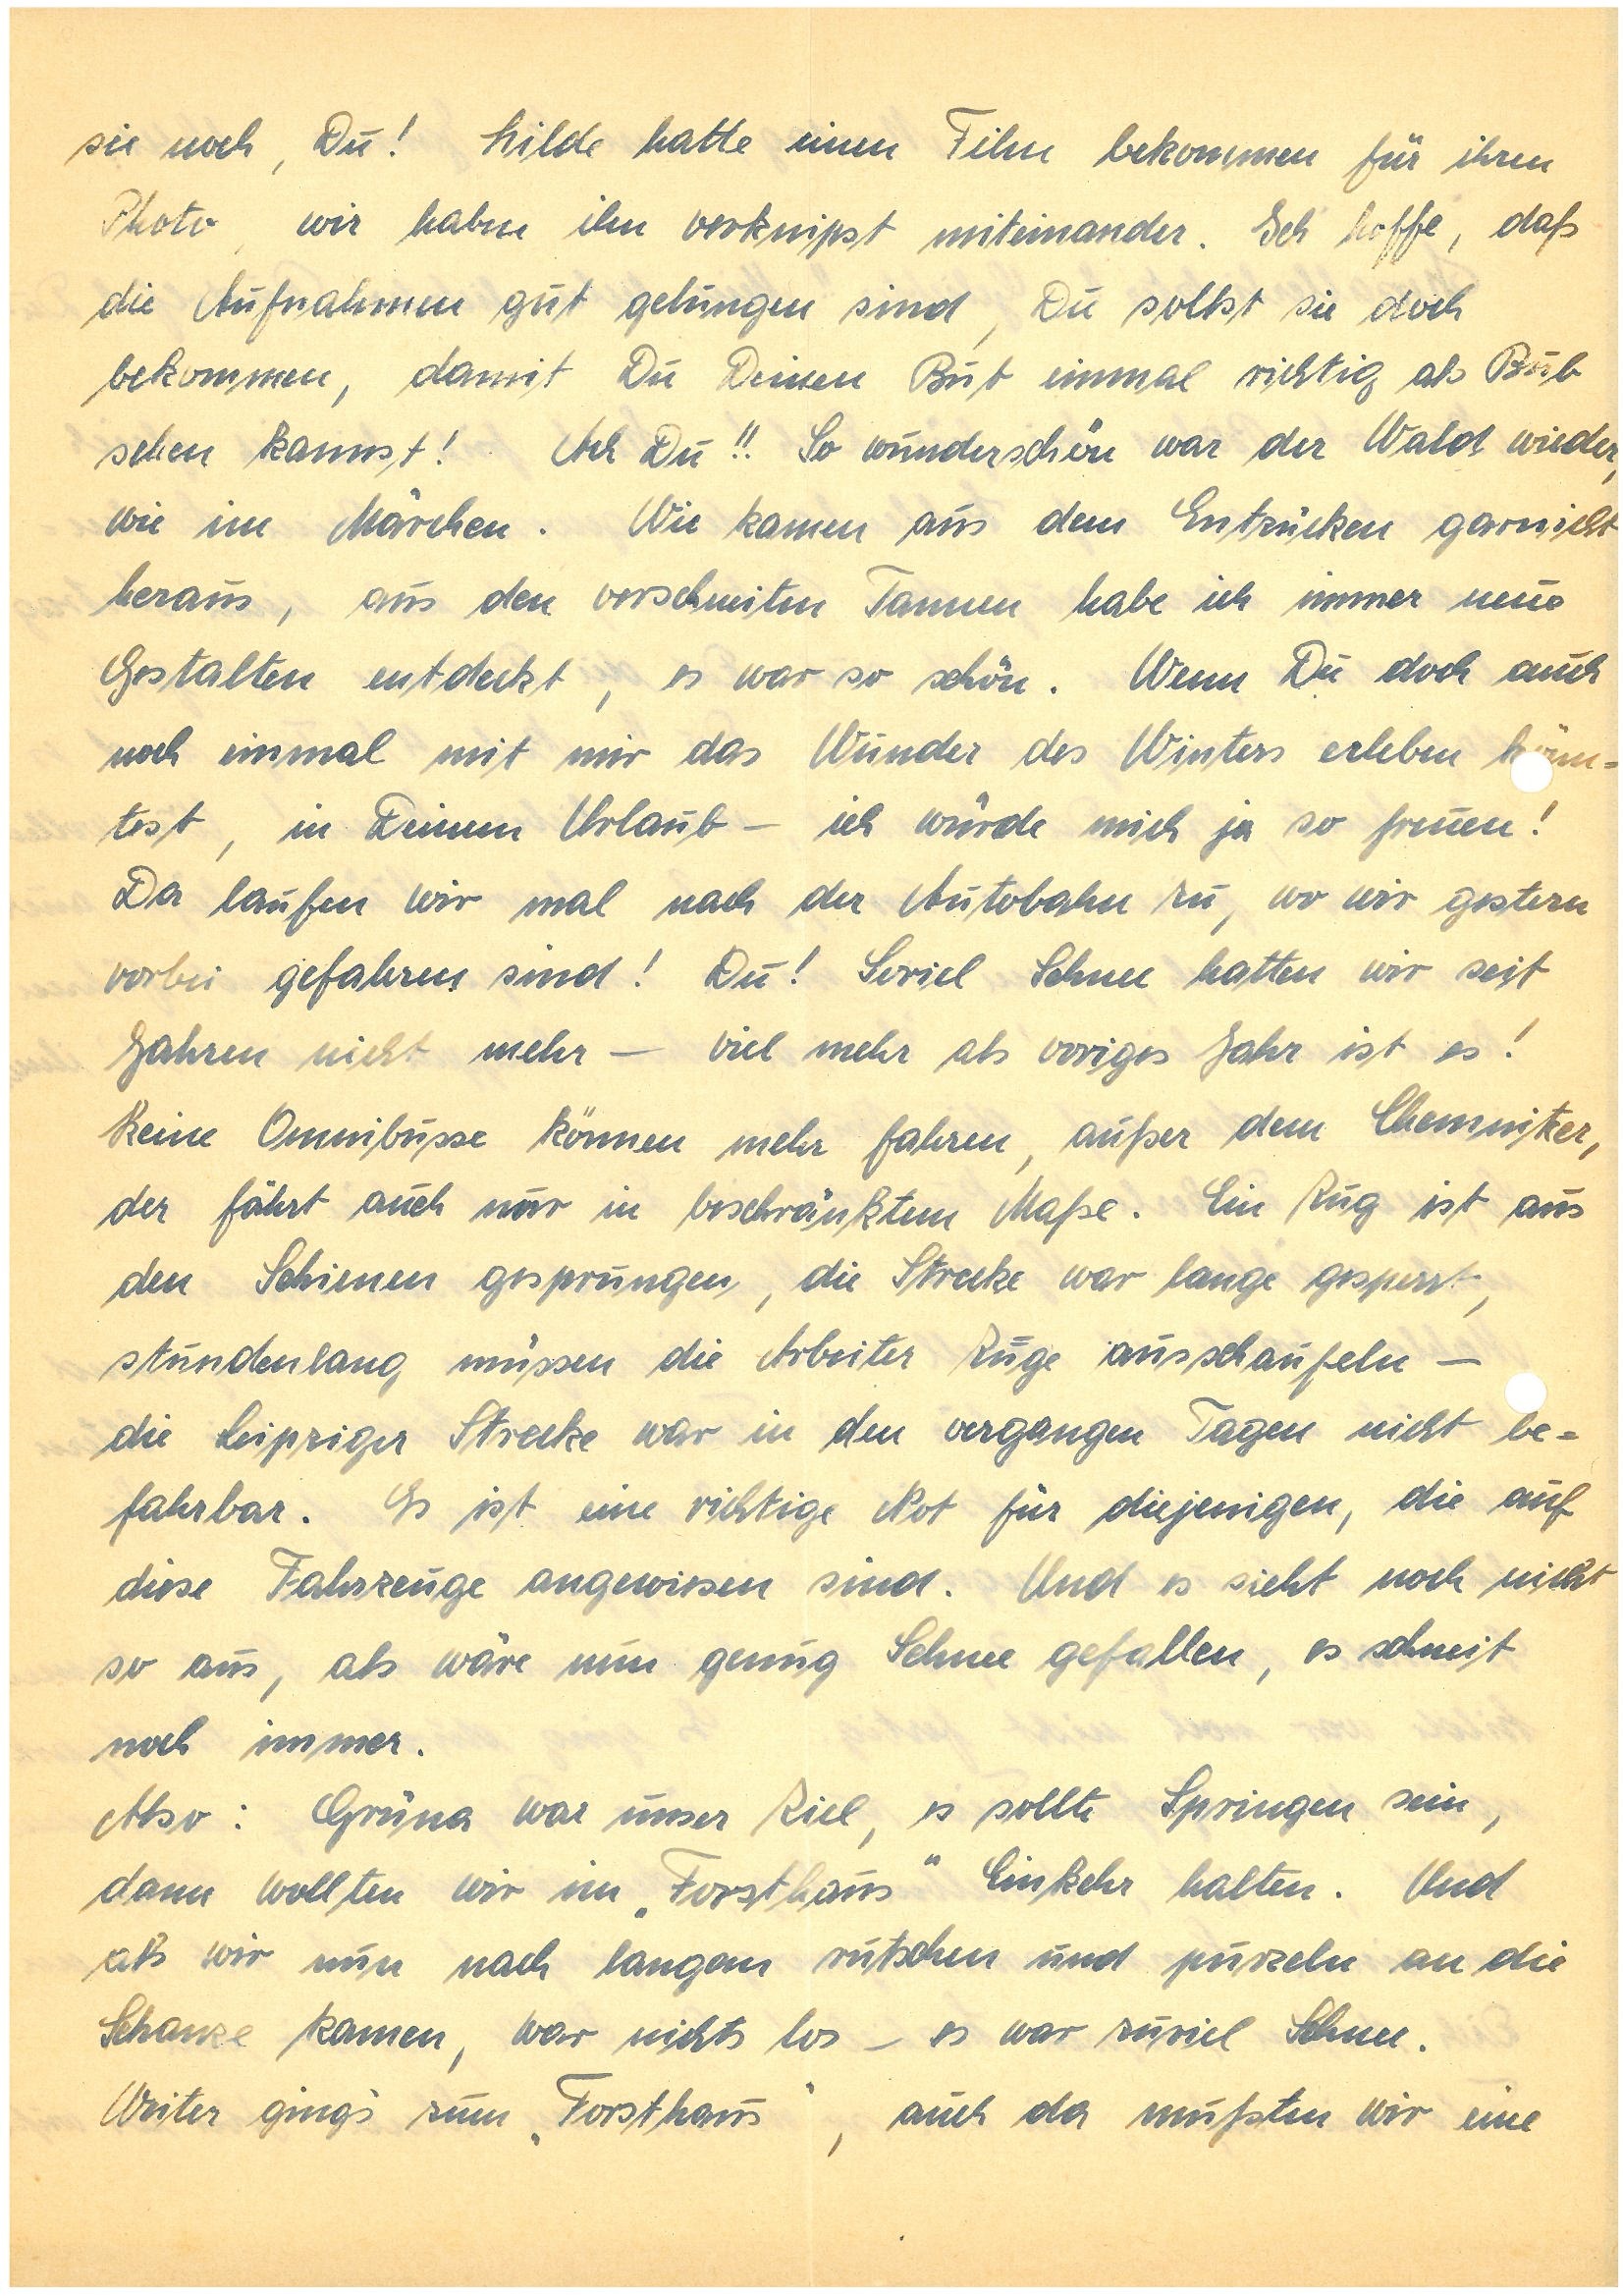
sie noch, Du! Hilde hatte einen Film bekommen für ihren
Photo, wir haben ihn verknipst miteinander. Ich hoffe, daß
die Aufnahmen gut gelungen sind, Du sollst sie doch
bekommen, damit Du Deinen Bub einmal richtig als Bub
sehen kannst! Ach Du!! So wunderschön war der Wald wieder,
wie im Märchen. Wir kamen aus dem Entzücken garnicht
heraus, aus den verschneiten Tannen habe ich immer neue
Gestalten entdeckt, es war so schön. Wenn Du doch auch
noch einmal mit mir das Wunder des Winters erleben könn¬
test, in Deinem Urlaub – ich würde mich ja so freuen!
Da laufen wir mal nach der Autobahn zu, wo wir gestern
vorbei gefahren sind! Du! Soviel Schnee hatten wir seit
Jahren nicht mehr – viel mehr als voriges Jahr ist es!
Keine Omnibusse können mehr fahren, außer dem Chemnitzer,
der fährt auch nur in beschränktem Maße. Ein Zug ist aus
den Schienen gesprungen, die Strecke war lange gesperrt,
stundenlang müssen die Arbeiter Züge ausschaufeln –
die Leipziger Strecke war in den vergangenen Tagen nicht be¬
fahrbar. Es ist eine richtige Not für diejenigen, die auf
diese Fahrzeuge angewiesen sind. Und es sieht noch nicht
so aus, als wäre nun genug Schnee gefallen, es schneit
noch immer.
Also: G. war unser Ziel, es sollte S. sein,
dann wollten wir im „Forsthaus” E. halten. Und
als wir nun nach langem rutschen und purzeln an die
Schanze kamen, war nichts los – es war zuviel Schnee.
Weiter ging’s zum „Forsthaus”, auch da mußten wir eine